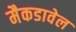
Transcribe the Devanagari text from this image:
मैकडावेल